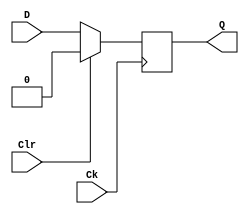
// Ch09 dff.v
// D 

module dff (Ck, Clr, D, Q);
input  Ck, Clr, D;	// @J
output Q;		// @X
reg    Q;		// is

// Wto, WtPBM
always@ (posedge Ck) 
  if (Clr)
    Q = 0;
  else	
    Q = D;
 
endmodule